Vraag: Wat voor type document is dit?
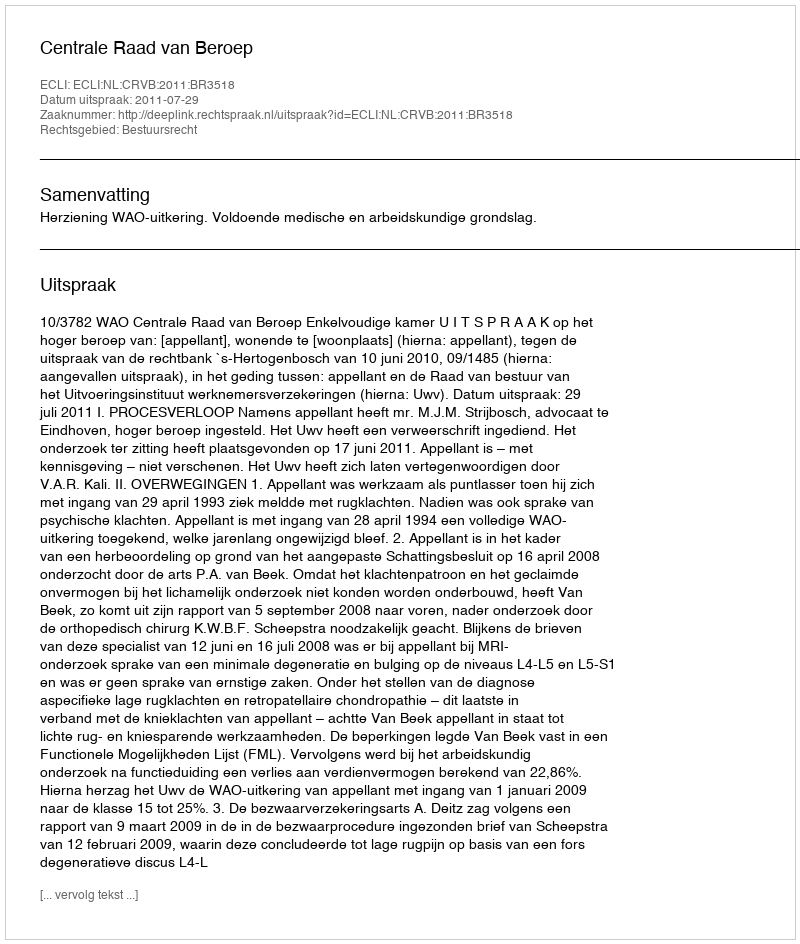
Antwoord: Uitspraak